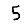
Digit: 5